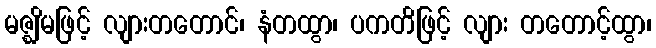
မဇ္ဈိမဖြင့် လျားတတောင်၊ နံတထွာ၊ ပကတိဖြင့် လျား တတောင့်ထွာ၊